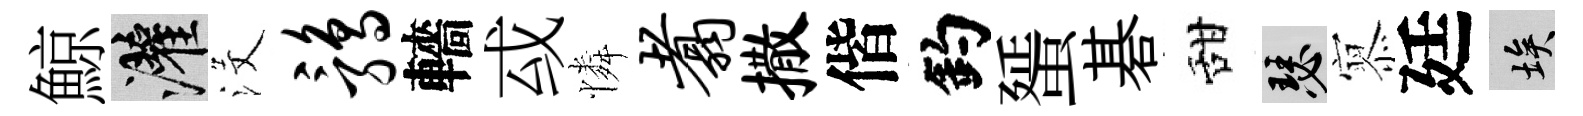
鯨灌沒鹑轖㦯憐翥撒偕釣蜑碁甜瑟𡪹廷埃